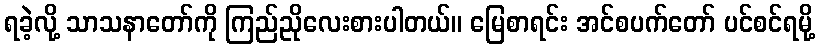
ရခဲ့လို့ သာသနာတော်ကို ကြည်ညိုလေးစားပါတယ်။ မြေစာရင်း အင်စပက်တော် ပင်စင်ရမို့